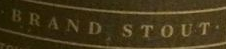
BRAND.STOUT.